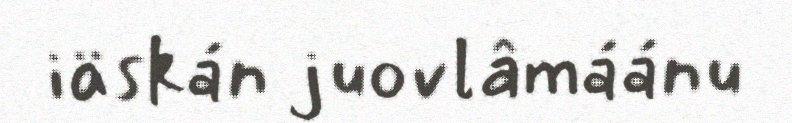
iäskán juovlâmáánu